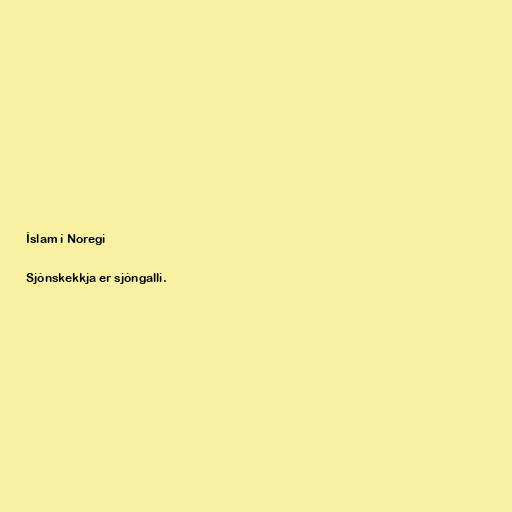
Íslam í Noregi

Sjónskekkja er sjóngalli.